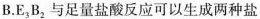
B.E_{3}B_{2}与足量盐酸反应可以生成两种盐